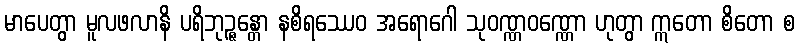
မာပေတွာ မူလဖလာနိ ပရိဘုဉ္ဇန္တော နစိရဿေဝ အရောဂေါ သုဝဏ္ဏဝဏ္ဏော ဟုတွာ ဣတော စိတော စ